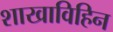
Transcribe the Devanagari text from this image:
शाखाविहिन